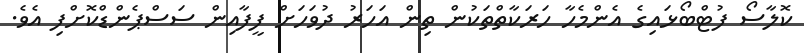
ކޮލާސޯ ފުޓްބޯޅައިގެ އެންމެހާ ހަރަކާތްތަކުން ތިން އަހަރު ދުވަހަށް ފީފާއިން ސަސްޕެންޑްކޮށްފި އެވެ.